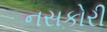
નસકોરી